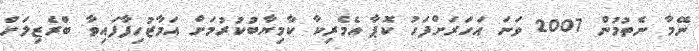
ނޭމާ ނެތުމުން 2007 ވަނަ އަހަރަށްފަހު ކޮޕާ އެމެރިކާ ކާމިޔާބުކުރުމަށް އަމާޒުހިފާފައިވާ ބްރެޒިލަށް